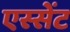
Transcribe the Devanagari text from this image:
एस्सेंट